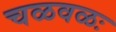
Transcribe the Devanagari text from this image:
चळवळः